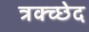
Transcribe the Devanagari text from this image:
त्रक्च्छेद